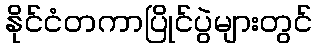
နိုင်ငံတကာပြိုင်ပွဲများတွင်